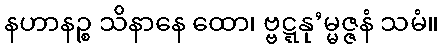
နဟာနဉ္စ သိနာနေ ထော၊ ဗ္ဗဋ္ဋနု’မ္မဇ္ဇနံ သမံ။